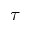
\tau